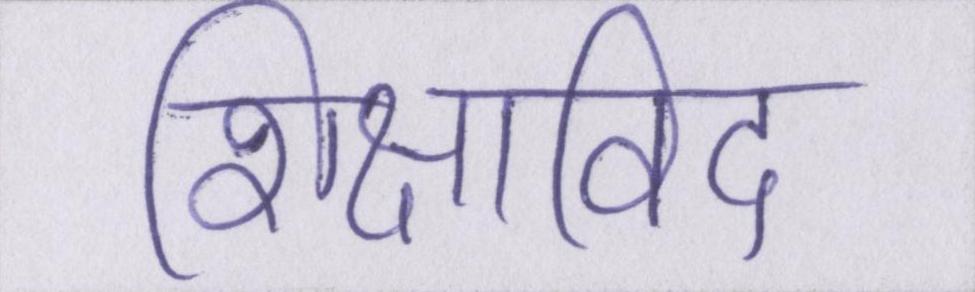
शिक्षाविद